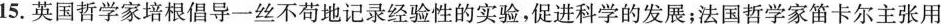
15.英国哲学家培根倡导一丝不苟地记录经验性的实验，促进科学的发展；法国哲学家笛卡尔主张用